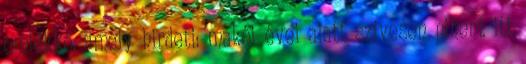
emlékkő, amely hirdeti: makói évei alatt szívesen pihent itt